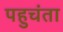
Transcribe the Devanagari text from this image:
पहुचंता